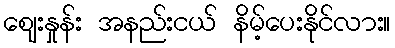
ဈေးနှုန်း အနည်းငယ် နိမ့်ပေးနိုင်လား။